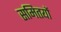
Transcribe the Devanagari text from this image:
समितयों